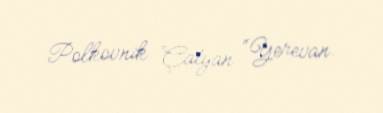
Polkovnik Çatyan “Yerevan.